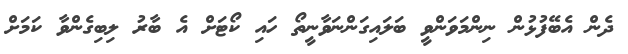
ދެން އެބޭފުޅުން ނިންމަވަންވީ ބަލައިގަންނަވާނީތޯ ހައި ކޯޓަށް އެ ބާރު ލިބިގެންވާ ކަމަށް